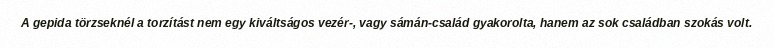
A gepida törzseknél a torzítást nem egy kiváltságos vezér-, vagy sámán-család gyakorolta, hanem az sok családban szokás volt.